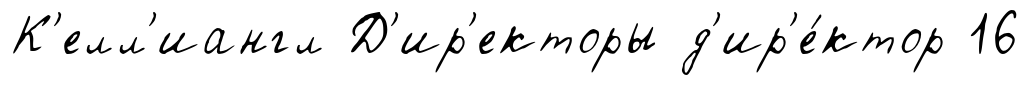
К'елл'иангл Д'ир'екторы д'ир'е́ктор 16